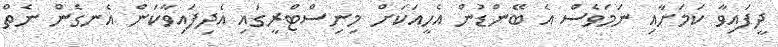
ދީފައިވާ ކަމަށާއި ނަމަވެސް އެ ބޭންޑުން އެހީއަކަށް މިނިސްޓްރީގައި އެދިފައިވާކަން އެނގެން ނެތް